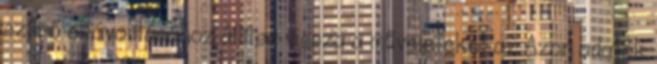
szűrő eltávolításához állítsa vissza a műveleteket az Azon adatok